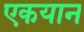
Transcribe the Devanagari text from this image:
एकयान